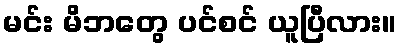
မင်း မိဘတွေ ပင်စင် ယူပြီလား။